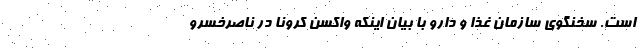
است. سخنگوی سازمان غذا و دارو با بیان اینکه واکسن کرونا در ناصرخسرو